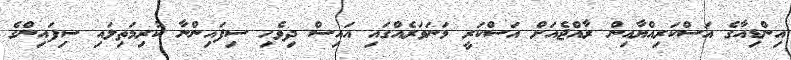
އިންޑިއާގެ އަސްކަރިއްޔާއިން ރާއްޖެއަށް އަސްކަރީ މަނަވަރެއްގައި އައިސް ދިވެހި ސިފައިންނާ ކުރިމަތިލައި ސިފައިންގެ